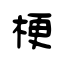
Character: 梗